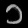
Digit: ၁